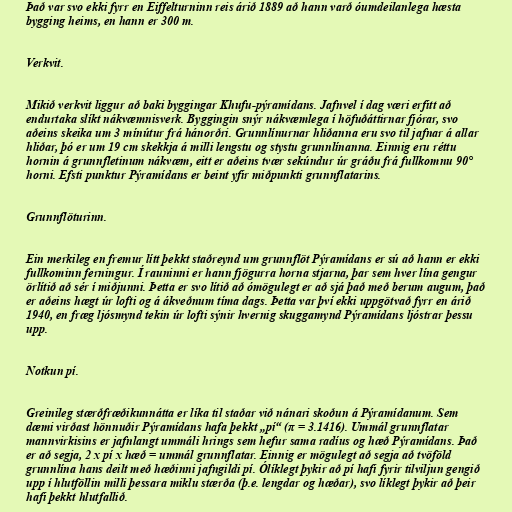
Það var svo ekki fyrr en Eiffelturninn reis árið 1889 að hann varð óumdeilanlega hæsta
bygging heims, en hann er 300 m.

Verkvit.

Mikið verkvit liggur að baki byggingar Khufu-pýramídans. Jafnvel í dag væri erfitt að
endurtaka slíkt nákvæmnisverk. Byggingin snýr nákvæmlega í höfuðáttirnar fjórar, svo
aðeins skeika um 3 mínútur frá hánorðri. Grunnlínurnar hliðanna eru svo til jafnar á allar
hliðar, þó er um 19 cm skekkja á milli lengstu og stystu grunnlínanna. Einnig eru réttu
hornin á grunnfletinum nákvæm, eitt er aðeins tvær sekúndur úr gráðu frá fullkomnu 90°
horni. Efsti punktur Pýramídans er beint yfir miðpunkti grunnflatarins.

Grunnflöturinn.

Ein merkileg en fremur lítt þekkt staðreynd um grunnflöt Pýramídans er sú að hann er ekki
fullkominn ferningur. Í rauninni er hann fjögurra horna stjarna, þar sem hver lína gengur
örlítið að sér í miðjunni. Þetta er svo lítið að ómögulegt er að sjá það með berum augum, það
er aðeins hægt úr lofti og á ákveðnum tíma dags. Þetta var því ekki uppgötvað fyrr en árið
1940, en fræg ljósmynd tekin úr lofti sýnir hvernig skuggamynd Pýramídans ljóstrar þessu
upp.

Notkun pí.

Greinileg stærðfræðikunnátta er líka til staðar við nánari skoðun á Pýramídanum. Sem
dæmi virðast hönnuðir Pýramídans hafa þekkt „pí“ (π = 3.1416). Ummál grunnflatar
mannvirkisins er jafnlangt ummáli hrings sem hefur sama radíus og hæð Pýramídans. Það
er að segja, 2 x pí x hæð = ummál grunnflatar. Einnig er mögulegt að segja að tvöföld
grunnlína hans deilt með hæðinni jafngildi pí. Ólíklegt þykir að pí hafi fyrir tilviljun gengið
upp í hlutföllin milli þessara miklu stærða (þ.e. lengdar og hæðar), svo líklegt þykir að þeir
hafi þekkt hlutfallið.